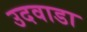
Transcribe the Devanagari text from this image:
उदवाडा